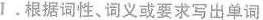
Ⅰ.根据词性、词义或要求写出单词